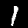
Digit: 1